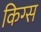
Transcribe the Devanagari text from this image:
किग्स